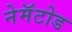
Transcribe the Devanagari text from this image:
नेमॅटोड